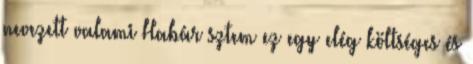
nevezett valami Habár sztem ez egy elég költséges és